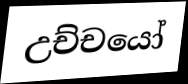
උච්චයෝ